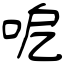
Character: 呝